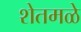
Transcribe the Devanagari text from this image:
शेतमळे